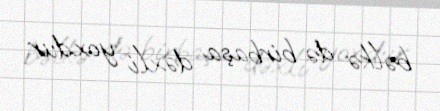
bəlkə də birbaşa dəxli yoxdur.